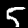
Label: 5